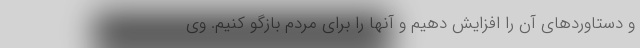
و دستاوردهای آن را افزایش دهیم و آنها را برای مردم بازگو کنیم. وی